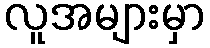
လူအများမှာ